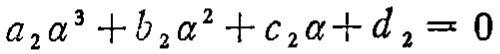
\(a_{2} \alpha^{3}+b_{2} \alpha^{2}+c_{2} \alpha + d_{2}=0\)